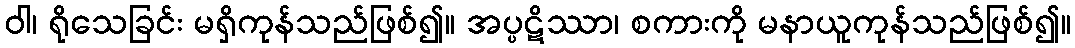
ဝါ၊ ရိုသေခြင်း မရှိကုန်သည်ဖြစ်၍။ အပ္ပဋိဿာ၊ စကားကို မနာယူကုန်သည်ဖြစ်၍။